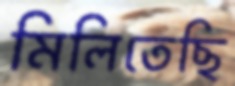
মিলিতেছি